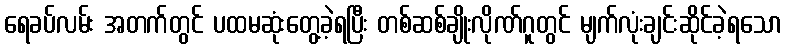
ရေခပ်လမ်း အတက်တွင် ပထမဆုံးတွေ့ခဲ့ရပြီး တစ်ဆစ်ချိုးလိုဏ်ဂူတွင် မျက်လုံးချင်းဆိုင်ခဲ့ရသော